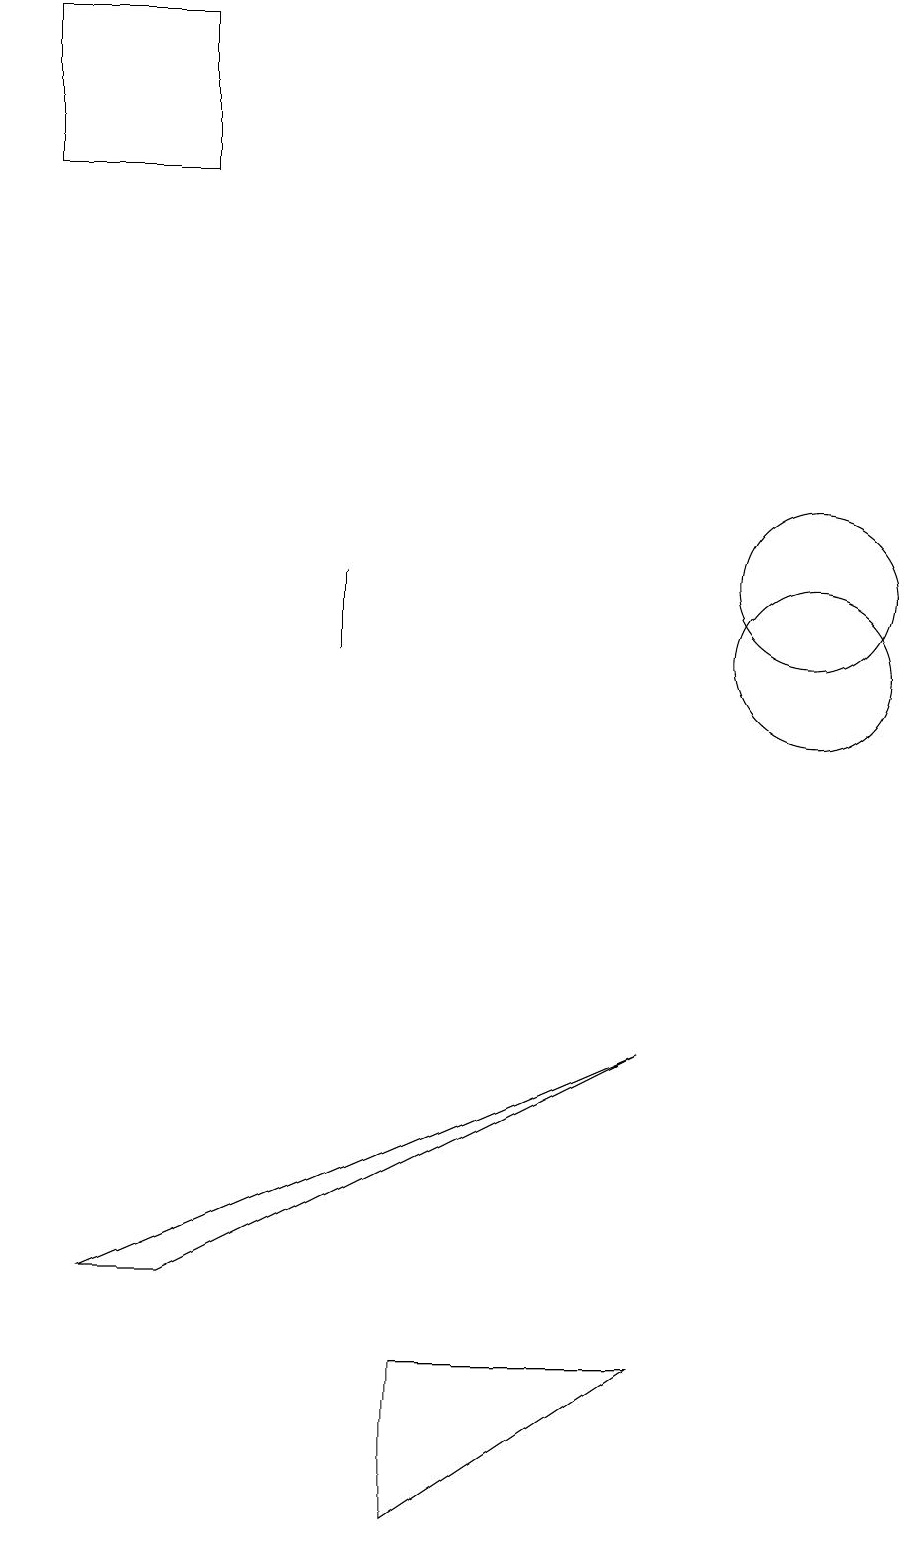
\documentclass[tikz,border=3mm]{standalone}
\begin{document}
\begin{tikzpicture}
\draw (8,2) -- (5,0) -- (5,2) -- cycle;
\draw (11,11) circle (0);
\draw (2,19) rectangle (0,17);
\draw (10,11) circle (1);
\draw (4,12) rectangle (4,11);
\draw (1,3) -- (8,6) -- (2,3) -- cycle;
\draw (10,12) circle (1);
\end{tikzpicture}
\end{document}